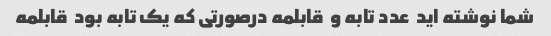
شما نوشته اید  عدد تابه و  قابلمه درصورتی که یک تابه بود  قابلمه